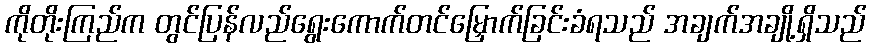
ကိုတိုးကြည်က တွင်ပြန်လည်ရွေးကောက်တင်မြှောက်ခြင်းခံရသည် အချက်အချို့ရှိသည်